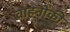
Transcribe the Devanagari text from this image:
वाहनोंकी